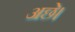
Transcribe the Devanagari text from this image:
अछे।